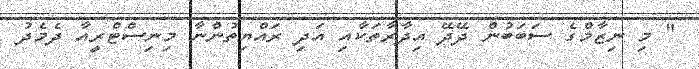
" މި ނިޒާމްގެ ސަބަބުން ދޭދޭ އިދާރާތަކާއި އަދި ރައްޔިތުންނާ މިނިސްޓްރީއާ ދެމެދު